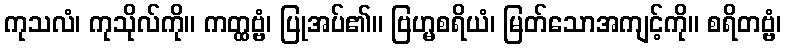
ကုသလံ၊ ကုသိုလ်ကို။ ကတ္ထဗ္ဗံ၊ ပြုအပ်၏။ ဗြဟ္မစရိယံ၊ မြတ်သောအကျင့်ကို။ စရိတဗ္ဗံ၊